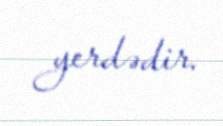
yerdədir.